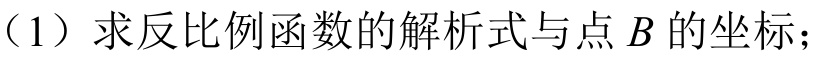
（1）求反比例函数的解析式与点 \(B\) 的坐标；